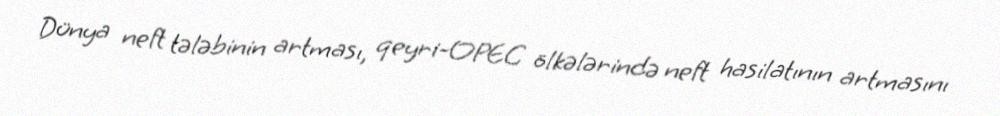
Dünya neft tələbinin artması, qeyri-OPEC ölkələrində neft hasilatının artmasını